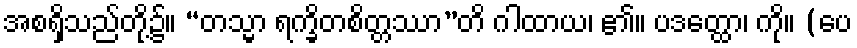
အစရှိသည်တို့၌။ “တသ္မာ ရက္ခိတစိတ္တဿာ”တိ ဂါထာယ၊ ၏။ ပဒတ္ထော၊ ကို။ (ပေ